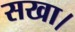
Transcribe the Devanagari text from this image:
सखा।